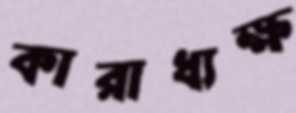
কারাধ্যক্ষ